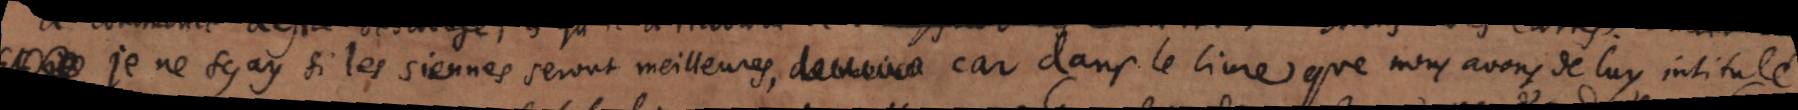
je ne sçay si les siennes seront meilleures, car dans le livre que nous avons de luy intitulé